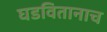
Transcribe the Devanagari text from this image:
घडवितानाच